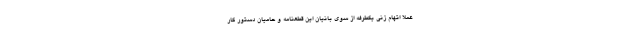
عملا اتهام زنی یکطرفه از سوی بانیان این قطعنامه و حامیان دستور کار